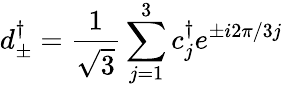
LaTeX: d_{\pm}^{\dagger}=\frac{1}{\sqrt{3}}\sum_{j=1}^{3}c_{j}^{\dagger}e^{\pm i2\pi/3j}